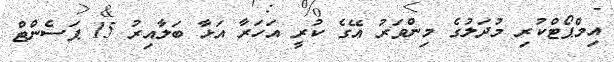
އިމްޕޯޓްކުރި މުދަލުގެ މިންވަރު އޭގެ ކުރީ އަހަރާ އަޅާ ބަލާއިރު 15 ޕަސެންޓް